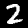
Digit: 2